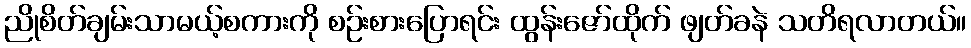
ညိုစိတ်ချမ်းသာမယ့်စကားကို စဉ်းစားပြောရင်း ထွန်းဇော်ထိုက် ဖျတ်ခနဲ သတိရလာတယ်။